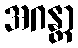
အဂန္တာ